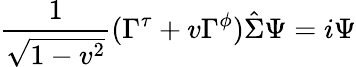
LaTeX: {\frac{1}{\sqrt{1-v^{2}}}}(\Gamma^{\tau}+v\Gamma^{\phi})\hat{\Sigma}\Psi=i\Psi